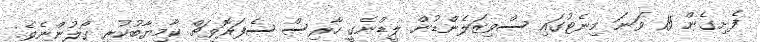
ފެށިގެން 15 ވަނަ މިނެޓުގައި ސްވިޒަލެންޑުން ލީޑްނެގީ ހާރިސް ސެފަރޮވިޗް ކާމިޔާބުކުރި ގޯލުންނެވެ.